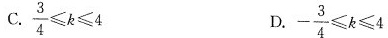
C. $$\frac { 3 } { 4 } ≤ k ≤ 4$$ D. $$-